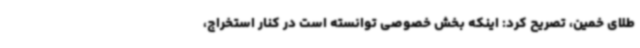
طلای خمین، تصریح کرد: اینکه بخش خصوصی توانسته است در کنار استخراج،